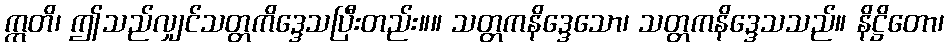
ဣတိ၊ ဤသည်လျှင်သတ္တကိဒ္ဒေသပြီးတည်း။။ သတ္တကနိဒ္ဒေသော၊ သတ္တကနိဒ္ဒေသသည်။ နိဋ္ဌိတော၊